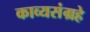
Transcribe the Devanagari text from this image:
काव्यसंग्रहे